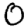
Digit: 0